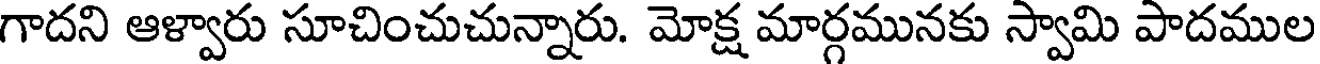
గాదని ఆళ్వారు సూచించుచున్నారు. మోక్ష మార్గమునకు స్వామి పాదముల